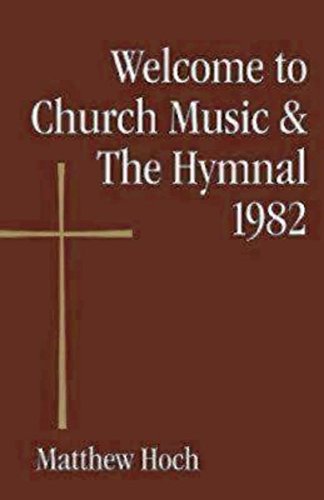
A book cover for Welcome to Church Music & The Hymnal 1982; Matthew Hoch; Christian Books & Bibles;